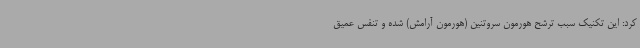
کرد: این تکنیک سبب ترشح هورمون سروتنین (هورمون آرامش) شده و تنفس عمیق